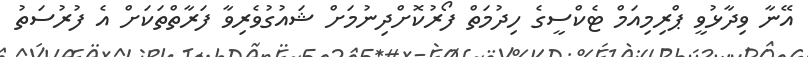
އޭނާ ވިދާޅުވީ ޕްރިމިއަމް ޓެކްސީގެ ހިދުމަތް ފޯރުކޮށްދިނުމަށް ޝައުގުވެރިވާ ފަރާތްތަކަށް އެ ފުރުސަތު